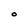
Character: O